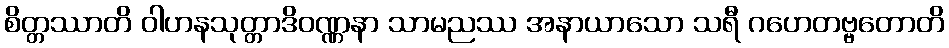
စိတ္တဿာတိ ဝါဟနသုတ္တာဒိဝဏ္ဏနာ သာမညဿ အနာယာသော သရီ ဂဟေတဗ္ဗတောတိ